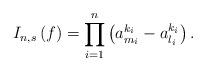
LaTeX: \begin{align*}I_{n,s}\left( f\right) =\prod_{i=1}^{n}\left(a_{m_{i}}^{k_{i}}-a_{l_{i}}^{k_{i}}\right) . \end{align*}